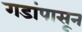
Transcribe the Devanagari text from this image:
गडांपासून